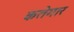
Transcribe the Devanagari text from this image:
कतेगार